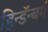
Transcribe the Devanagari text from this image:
हिन्डॅन्बर्ग